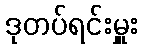
ဒုတပ်ရင်းမှူး